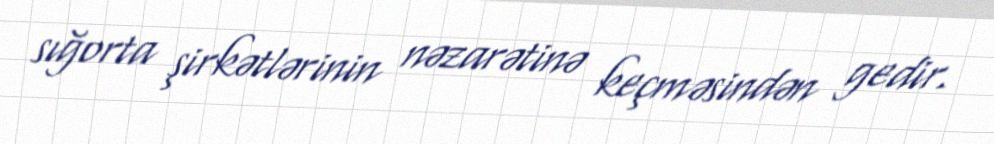
sığorta şirkətlərinin nəzarətinə keçməsindən gedir.